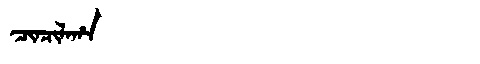
Manchu: ᠴᡳᠨᠴᡳᠯᠠᡥᠠ
Romanization: CINCILAHA